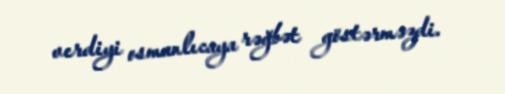
verdiyi osmanlıcaya rəğbət göstərməzdi.